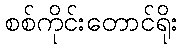
စစ်ကိုင်းတောင်ရိုး